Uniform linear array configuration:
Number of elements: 48
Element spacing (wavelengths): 0.25
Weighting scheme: binomial
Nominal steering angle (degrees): -45
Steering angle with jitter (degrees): -43.319
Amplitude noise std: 0.05
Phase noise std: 0.05

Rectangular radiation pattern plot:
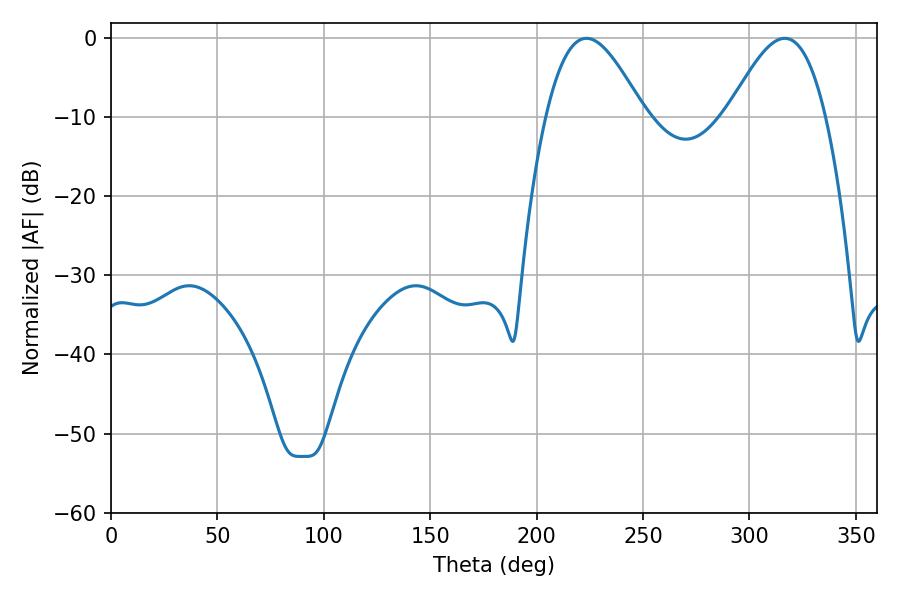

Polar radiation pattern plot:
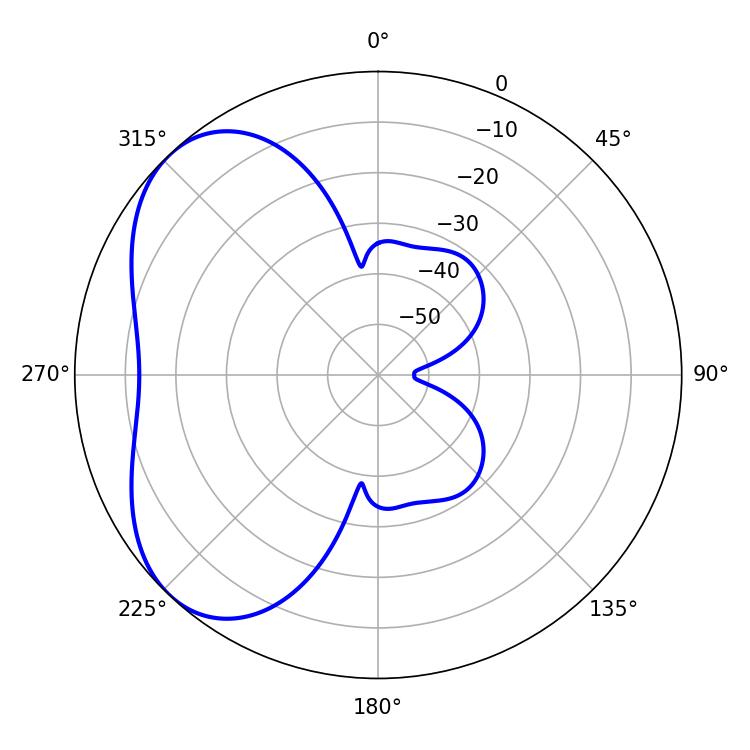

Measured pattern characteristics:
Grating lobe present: FALSE
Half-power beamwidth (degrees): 24.66
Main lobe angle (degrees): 223.38